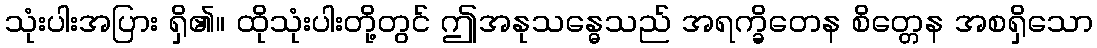
သုံးပါးအပြား ရှိ၏။ ထိုသုံးပါးတို့တွင် ဤအနုသန္ဓေသည် အရက္ခိတေန စိတ္တေန အစရှိသော